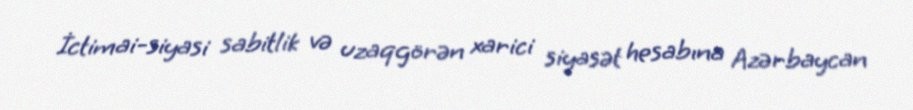
İctimai-siyasi sabitlik və uzaqgörən xarici siyasət hesabına Azərbaycan